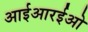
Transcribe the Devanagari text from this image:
आईआरईओ